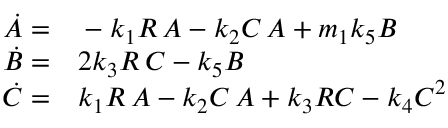
\begin{array} { r l } { \dot { A } = } & { { } - k _ { 1 } R \, A - k _ { 2 } C \, A + m _ { 1 } k _ { 5 } B } \\ { \dot { B } = } & { { } 2 k _ { 3 } R \, C - k _ { 5 } B } \\ { \dot { C } = } & { { } k _ { 1 } R \, A - k _ { 2 } C \, A + k _ { 3 } R C - k _ { 4 } C ^ { 2 } } \end{array}